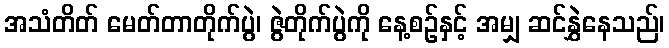
အသံတိတ် မေတ်တာတိုက်ပွဲ၊ ဇွဲတိုက်ပွဲကို နေ့စဉ်နှင့် အမျှ ဆင်နွှဲနေသည်၊